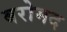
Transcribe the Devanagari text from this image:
बरोमद